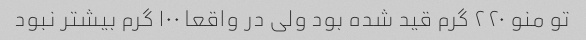
تو منو ٢٢٠ گرم قید شده بود ولی در واقعا ١٠٠ گرم بیشتر نبود